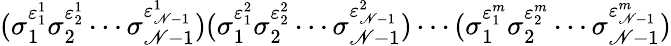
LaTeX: (\sigma_{1}^{\varepsilon_{1}^{1}}\sigma_{2}^{\varepsilon_{2}^{1}}\cdots\sigma_{\mathscr{N}-1}^{\varepsilon_{\mathscr{N}-1}^{1}})(\sigma_{1}^{\varepsilon_{1}^{2}}\sigma_{2}^{\varepsilon_{2}^{2}}\cdots\sigma_{\mathscr{N}-1}^{\varepsilon_{\mathscr{N}-1}^{2}})\cdots(\sigma_{1}^{\varepsilon_{1}^{m}}\sigma_{2}^{\varepsilon_{2}^{m}}\cdots\sigma_{\mathscr{N}-1}^{\varepsilon_{\mathscr{N}-1}^{m}})